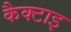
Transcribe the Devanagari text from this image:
कैक्टाइ